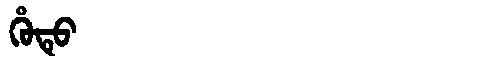
Manchu: ᡥᡠᡨᡠ
Romanization: HUTU